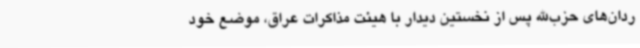
ردان‌های حزب‌الله پس از نخستین دیدار با هیئت مذاکرات عراق، موضع خود